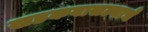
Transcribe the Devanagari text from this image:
खडकवासल्याचे